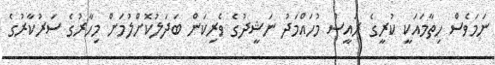
ނަމަވެސް ހިތާމައަކީ ކުރީގެ ރައީސް މުހައްމަދު ނަޝީދުގެ ވެރިކަން ބަދަލުކޮށްލުމަށް މިހާރުގެ ސަރުކާރުގެ